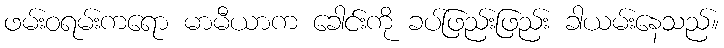
ဖမ်းဝရမ်းကရော မာမီယာက ခေါင်းကို ခပ်ဖြည်းဖြည်း ခါယမ်းနေသည်။